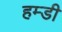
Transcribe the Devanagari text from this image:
हम्डी